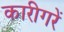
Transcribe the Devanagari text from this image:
कारीगरें